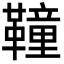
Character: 𩍅